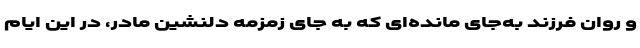
و روان فرزند به‌جای مانده‌ای که به جای زمزمه دلنشین مادر، در این ایام